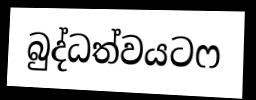
බුද්ධත්වයටෆ